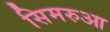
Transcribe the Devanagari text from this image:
सिमरुआ